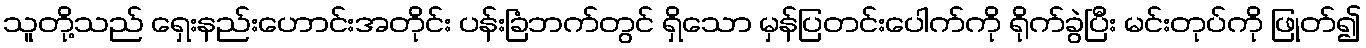
သူတို့သည် ရှေးနည်းဟောင်းအတိုင်း ပန်းခြံဘက်တွင် ရှိသော မှန်ပြတင်းပေါက်ကို ရိုက်ခွဲပြီး မင်းတုပ်ကို ဖြုတ်၍